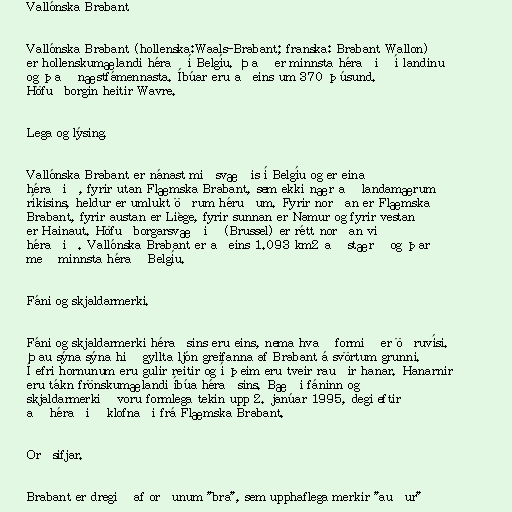
Vallónska Brabant

Vallónska Brabant (hollenska:Waals-Brabant; franska: Brabant Wallon)
er hollenskumælandi hérað í Belgíu. Það er minnsta héraðið í landinu
og það næstfámennasta. Íbúar eru aðeins um 370 þúsund.
Höfuðborgin heitir Wavre.

Lega og lýsing.

Vallónska Brabant er nánast miðsvæðis í Belgíu og er eina
héraðið, fyrir utan Flæmska Brabant, sem ekki nær að landamærum
ríkisins, heldur er umlukt öðrum héruðum. Fyrir norðan er Flæmska
Brabant, fyrir austan er Liège, fyrir sunnan er Namur og fyrir vestan
er Hainaut. Höfuðborgarsvæðið (Brussel) er rétt norðan við
héraðið. Vallónska Brabant er aðeins 1.093 km2 að stærð og þar
með minnsta hérað Belgíu.

Fáni og skjaldarmerki.

Fáni og skjaldarmerki héraðsins eru eins, nema hvað formið er öðruvísi.
Þau sýna sýna hið gyllta ljón greifanna af Brabant á svörtum grunni.
Í efri hornunum eru gulir reitir og í þeim eru tveir rauðir hanar. Hanarnir
eru tákn frönskumælandi íbúa héraðsins. Bæði fáninn og
skjaldarmerkið voru formlega tekin upp 2. janúar 1995, degi eftir
að héraðið klofnaði frá Flæmska Brabant.

Orðsifjar.

Brabant er dregið af orðunum "bra", sem upphaflega merkir "auður"